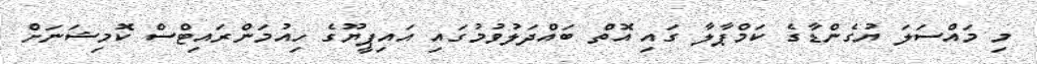
މި މައްސަލަ ޔުގެންޑާގެ ކަމްޕާލާ ގައި އޮތް ބައްދަލުވުމުގައި އައިޕީޔޫގެ ހިއުމަންރައިޓްސް ކޮމިޝަނަށް